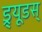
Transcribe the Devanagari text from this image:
ड्र्यूडस्